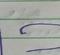
Signature authenticity: forged